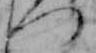
つ